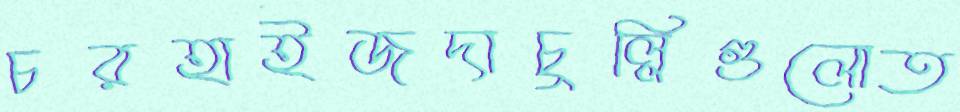
চরহাইজদাচুল্লিগুলোত